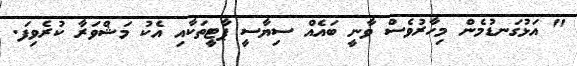
" އަޅުގަނޑުމެން މިހާރުވެސް ވާނީ ބައެއް ސިޔާސީ ޕާޓީތަކާއި އެކު މަޝްވަރާ ކުރެވިފަ.